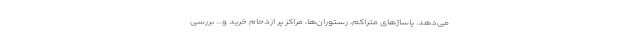
می‌دهد. پاساژهای متراکم، رستوران‌ها، مراکز پر ازدحام خرید و... بررسی